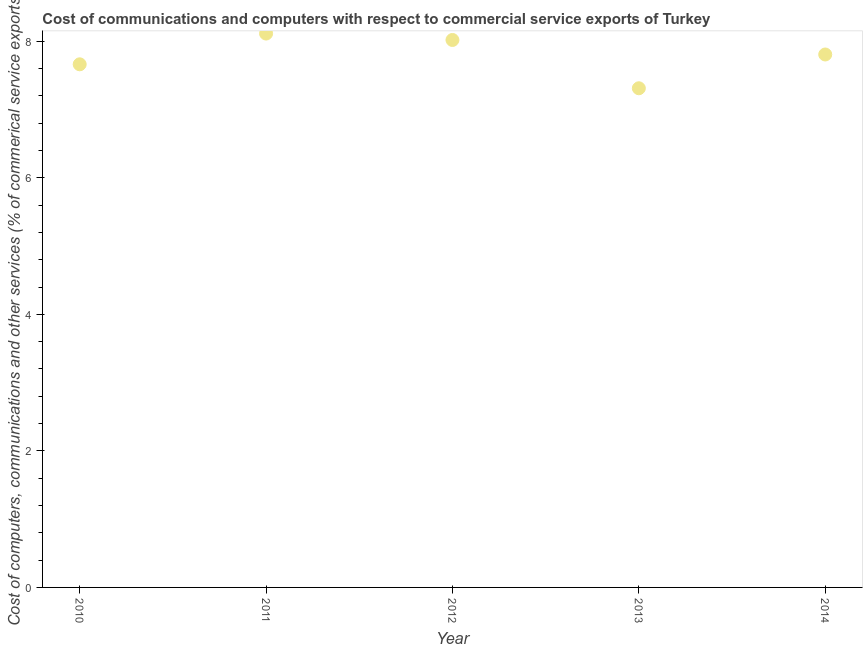
| Year | Computer |
 | --- | --- |
 | 2010 | 7.66 |
 | 2011 | 8.11 |
 | 2012 | 8.02 |
 | 2013 | 7.31 |
 | 2014 | 7.81 |